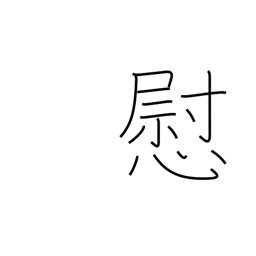
Meaning: consolation